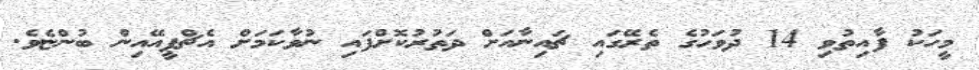
މީހަކު ފާއިތުވި 14 ދުވަހުގެ ތެރޭގައި ޗައިނާއަށް ދަތުރުކޮށްފައި ނުވާކަމަށް އެޗްޕީއޭއިން ބުންޏެވެ.